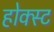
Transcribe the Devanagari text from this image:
होक्स्ट